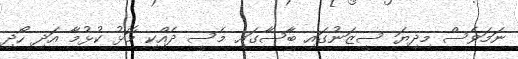
ނަމަވެސް މިދިޔަ ސީޒަނުގައި ބާސާގައި މެސީ ދެއްކި މޮޅު ކުޅުމާ އަދި ހޯދި